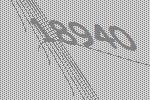
18940